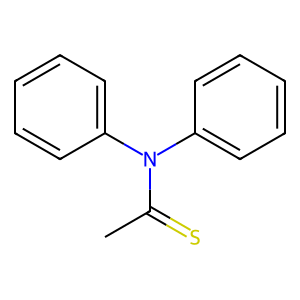
SMILES: CC(=S)N(c1ccccc1)c1ccccc1
Inhibits HIV replication: No